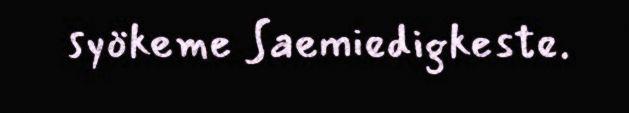
syökeme Saemiedigkeste.